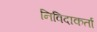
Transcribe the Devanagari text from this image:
निविदाकर्ता